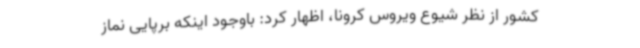
کشور از نظر شیوع ویروس کرونا، اظهار کرد: باوجود اینکه برپایی نماز